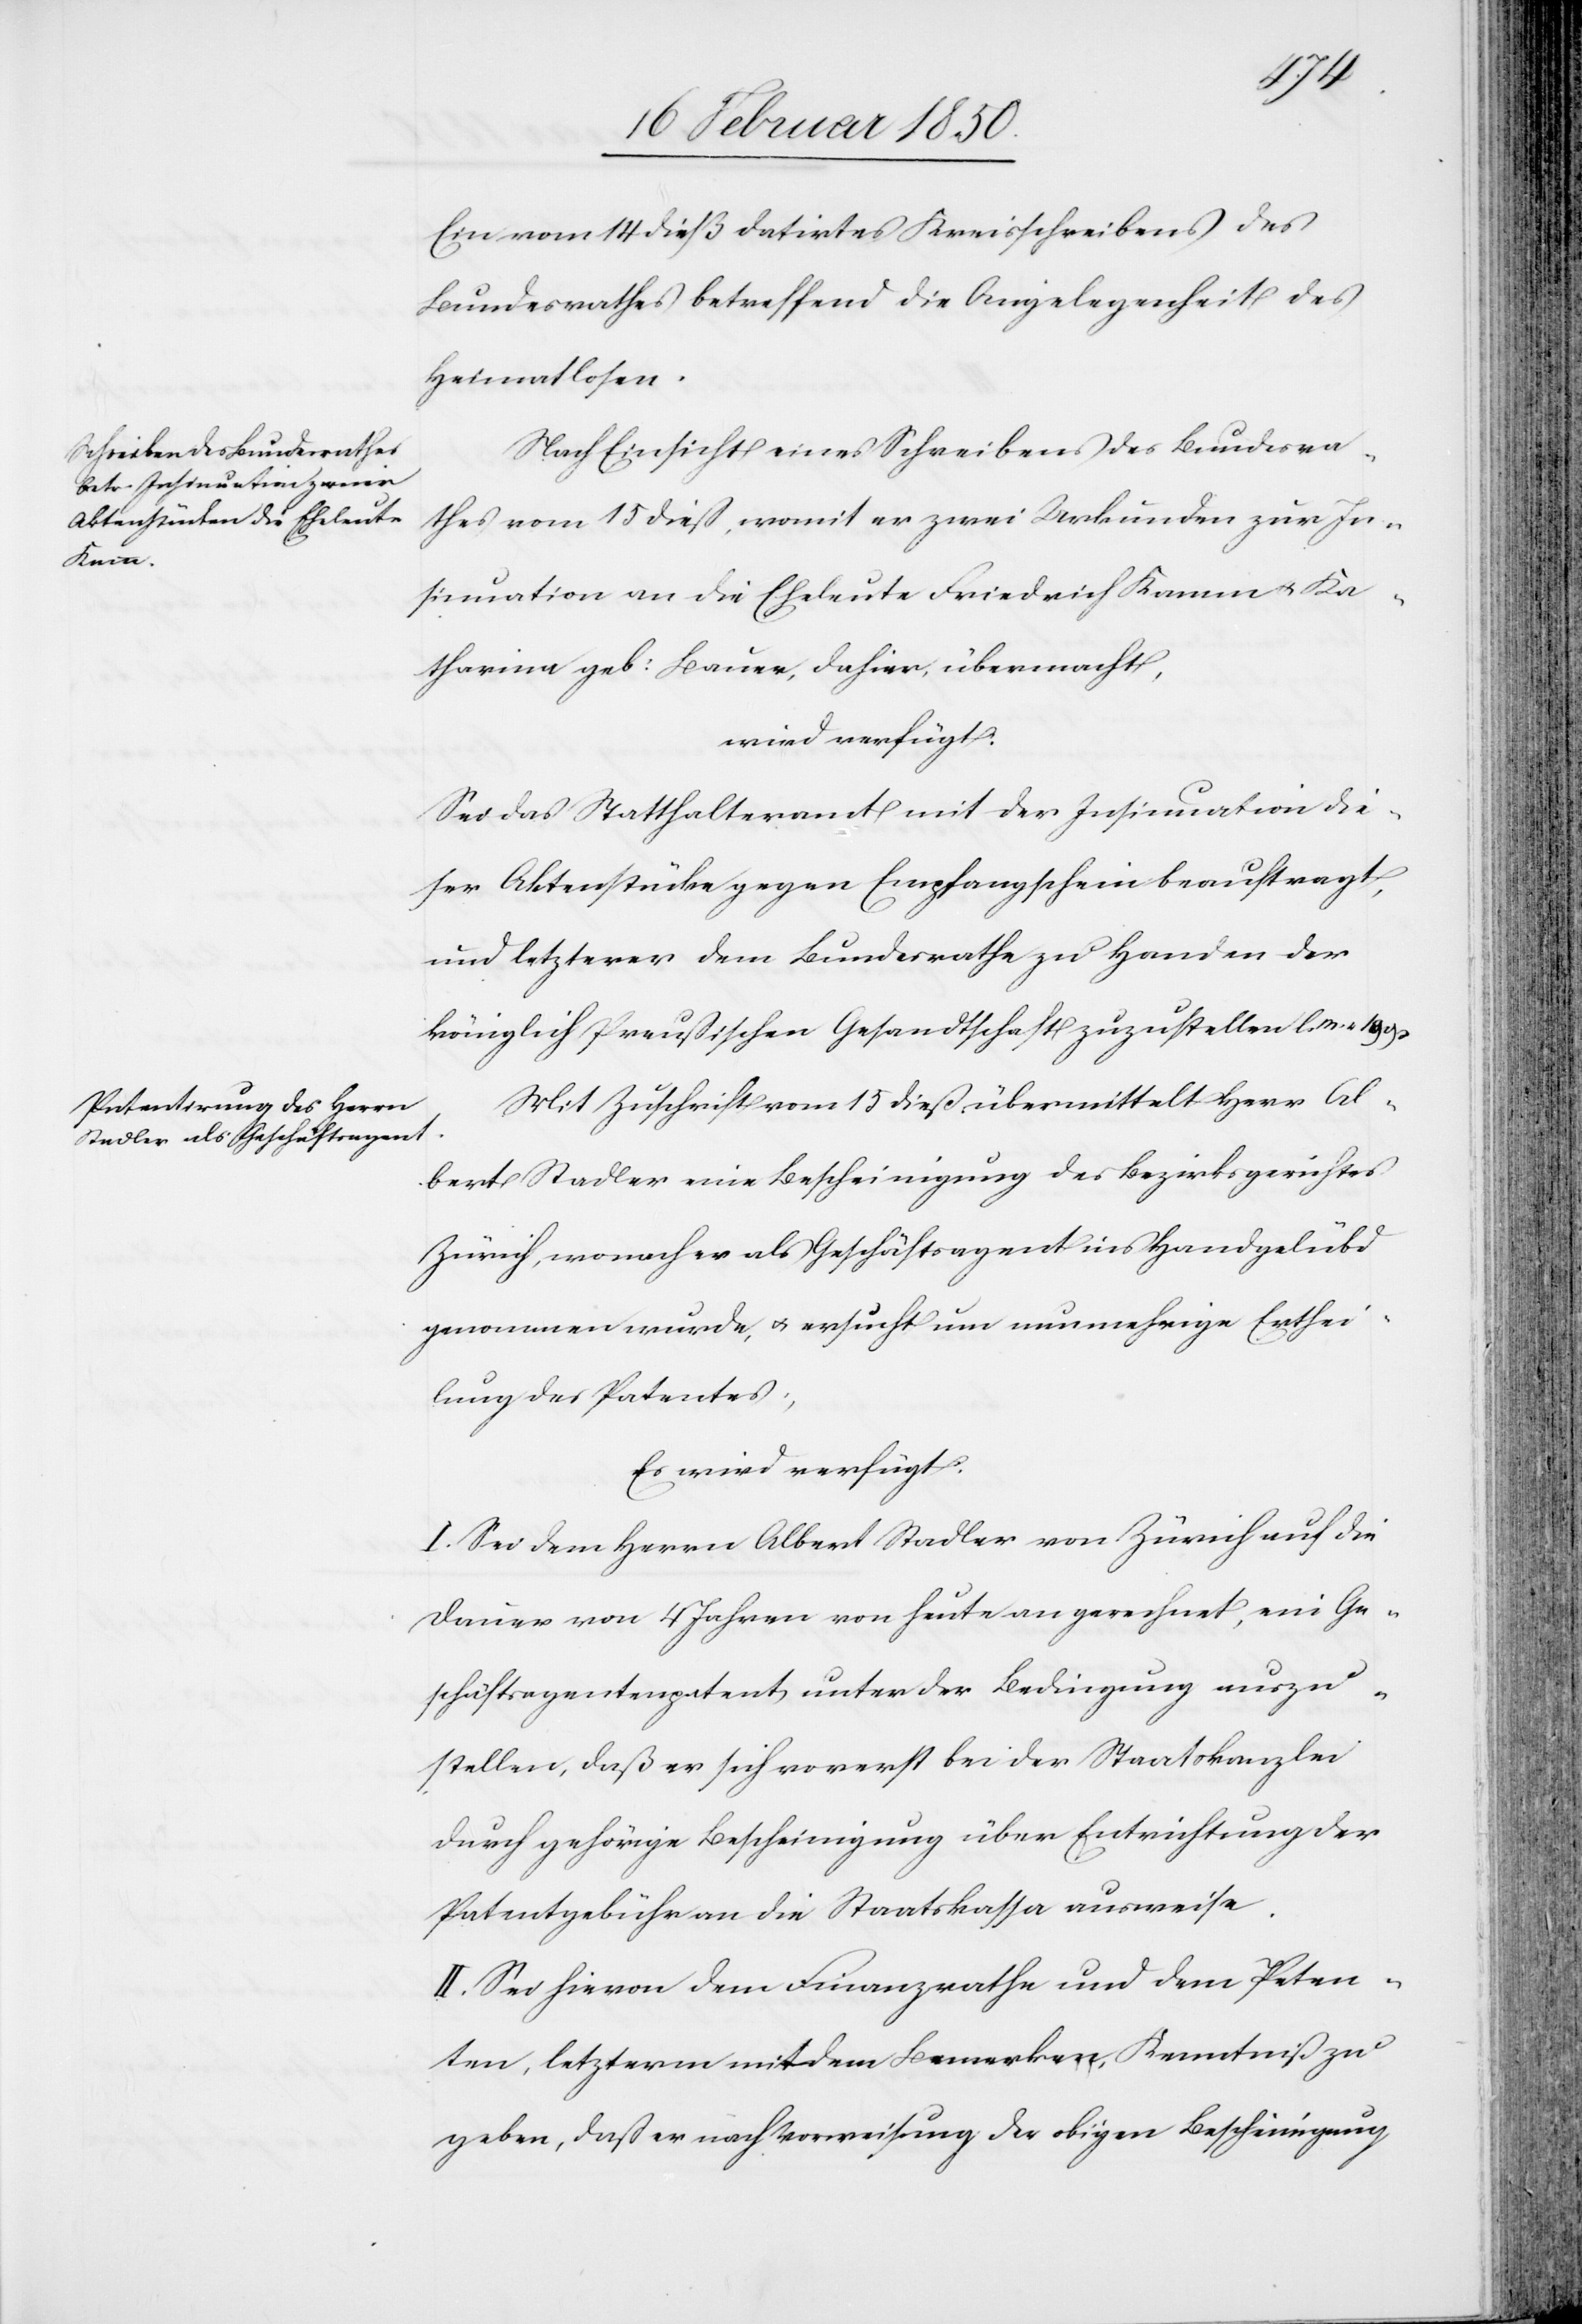
Ein vom 14 dieß datirtes Kreisschreibens des
Bundesrathes betreffend die Angelegenheit des
Heimatlosen.
Nach Einsicht eines Schreibens des Bundesra¬
thes vom 15 dieß, womit er zwei Urkunden zur In¬
sinuation an die Eheleute Friedrich Kamm u. Ka¬
tharina geb: Bauer, dahier, übermacht,
wird verfügt:
Sei das Statthalteramt mit der Insinuation die¬
ser Aktenstücke gegen Empfangschein beauftragt,
und letzterer dem Bundesrathe zu Handen der
königlich Preußischen Gesandtschaft zuzustellen l. M. v.
Mit Zuschrift vom 15 dieß übermittelt Herr Al¬
bert Stadler eine Bescheinigung des Bezirksgerichtes
Zürich, wonach er als Geschäftsagent ins Handgelübd
genommen wurde, u. ersucht um nunmehrige Erthei¬
lung des Patentes,
Es wird verfügt:
I. Sei dem Herrn Albert Stadler von Zürich auf die
Dauer von 4 Jahren von heute an gerechnet, ein Ge¬
schäftsagentenpatent unter der Bedingung auszu¬
stellen, daß er sich vorerst über Entrichtung der
Patentgebühr an die Staatskassa ausweise.
II. Sei hievon dem Finanzrathe und dem Peten¬
ten, letzterm mit dem Bemerken, Kenntniß zu
geben, daß er nach Vorweisung der obigen Bescheinigung